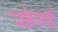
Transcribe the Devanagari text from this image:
संर्ग